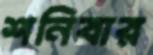
শনিবার